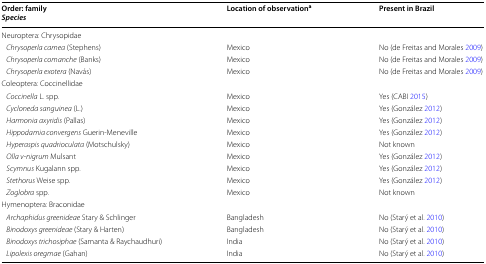
<table><thead><tr><td><b>Order: family<i>Species</i></b></td><td><b>Location of observation<sup>a</sup></b></td><td><b>Present in Brazil</b></td></tr></thead><tbody><tr><td>Neuroptera: Chrysopidae</td><td></td><td></td></tr><tr><td> <i>Chrysoperla carnea</i> (Stephens)</td><td>Mexico</td><td>No (de Freitas and Morales 2009)</td></tr><tr><td> <i>Chrysoperla comanche</i> (Banks)</td><td>Mexico</td><td>No (de Freitas and Morales 2009)</td></tr><tr><td> <i>Chrysoperla exotera</i> (Navás)</td><td>Mexico</td><td>No (de Freitas and Morales 2009)</td></tr><tr><td>Coleoptera: Coccinellidae</td><td></td><td></td></tr><tr><td> <i>Coccinella</i> L. spp.</td><td>Mexico</td><td>Yes (CABI 2015)</td></tr><tr><td> <i>Cycloneda sanguinea</i> (L.)</td><td>Mexico</td><td>Yes (González 2012)</td></tr><tr><td> <i>Harmonia axyridis</i> (Pallas)</td><td>Mexico</td><td>Yes (González 2012)</td></tr><tr><td> <i>Hippodamia convergens</i> Guerin-Meneville</td><td>Mexico</td><td>Yes (González 2012)</td></tr><tr><td> <i>Hyperaspis quadrioculata</i> (Motschulsky)</td><td>Mexico</td><td>Not known</td></tr><tr><td> <i>Olla v</i>-<i>nigrum</i> Mulsant</td><td>Mexico</td><td>Yes (González 2012)</td></tr><tr><td> <i>Scymnus</i> Kugalann spp.</td><td>Mexico</td><td>Yes (González 2012)</td></tr><tr><td> <i>Stethorus</i> Weise spp.</td><td>Mexico</td><td>Yes (González 2012)</td></tr><tr><td> <i>Zoglobra</i> spp.</td><td>Mexico</td><td>Not known</td></tr><tr><td>Hymenoptera: Braconidae</td><td></td><td></td></tr><tr><td> <i>Archaphidus greenideae</i> Stary &amp; Schlinger</td><td>Bangladesh</td><td>No (Starý et al. 2010)</td></tr><tr><td> <i>Binodoxys greenideae</i> (Stary &amp; Harten)</td><td>Bangladesh</td><td>No (Starý et al. 2010)</td></tr><tr><td> <i>Binodoxys trichosiphae</i> (Samanta &amp; Raychaudhuri)</td><td>India</td><td>No (Starý et al. 2010)</td></tr><tr><td> <i>Lipolexis oregmae</i> (Gahan)</td><td>India</td><td>No (Starý et al. 2010)</td></tr></tbody></table>